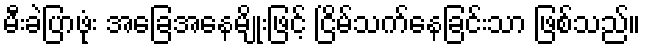
မီးခဲပြာဖုံး အခြေအနေမျိုးဖြင့် ငြိမ်သက်နေခြင်းသာ ဖြစ်သည်။